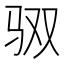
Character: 𮹃